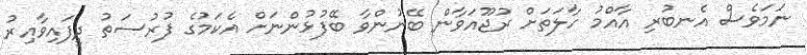
ނަމަވެސް އެނބުރި އާއްމު ހާލަތަށް ރުޖޫއަވާން ބޭނުންވާ ބޭފުޅުންނަށް އެކަމުގެ ފުރުސަތު ދީފައިވާއިރު